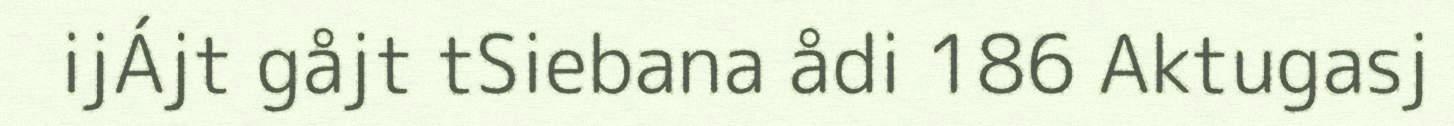
ijÁjt gåjt tSiebana ådi 186 Aktugasj